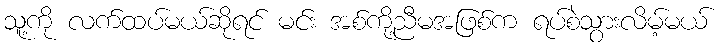
သူ့ကို လက်ထပ်မယ်ဆိုရင် မင်း အစ်ကို့ညီမအဖြစ်က ရပ်စဲသွားလိမ့်မယ်